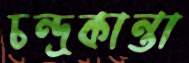
চন্দ্রকান্তা